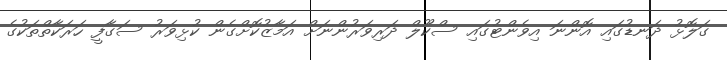
ގަލޮޅު ދަނޑުގައި އޮންނަ އިވެންޓުގައި ސްކޫލް ދަރިވަރުންނަށް އަމާޒުކޮށްގެން ކުޅިވަރު ސަގާފީ ހަރަކާތްތަކުގެ